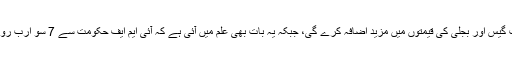
ان کا کہنا تھا کہ ان کے پاس اطلاعات موجود ہیں کہ حکومت گیس اور بجلی کی قیمتوں میں مزید اضافہ کرے گی، جبکہ یہ بات بھی علم میں آئی ہے کہ آئی ایم ایف حکومت سے 7 سو ارب روپے کے ٹیکس میں چھوٹ واپس لینے کا بھی خواہش مند ہے۔